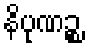
နိပုဏဉ္စ